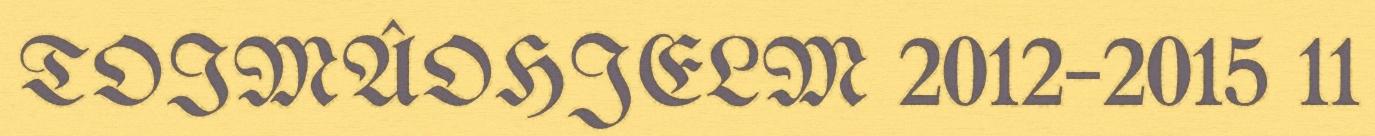
TOIMÂOHJELM 2012–2015 11